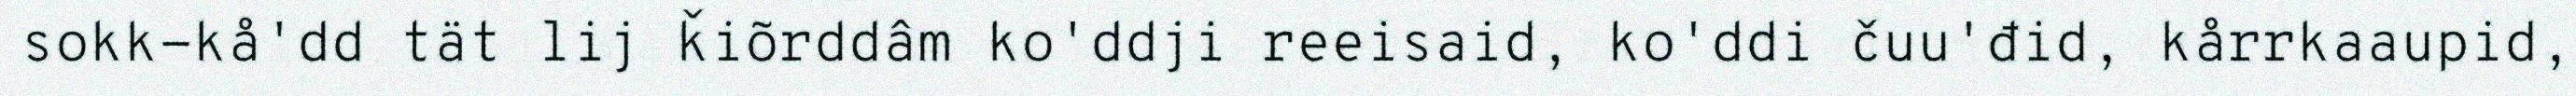
sokk-kå'dd tät lij ǩiõrddâm ko'ddji reeisaid, ko'ddi čuu'đid, kårrkaaupid,